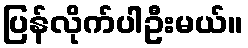
ပြန်လိုက်ပါဦးမယ်။